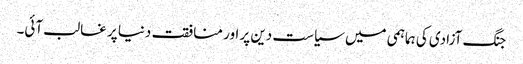
جنگ آزادی کی ہماہمی میں سیاست دین پر اور منافقت دنیا پر غالب آئی۔